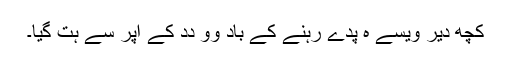
کُچھ دیر ویسے ہِ پدے رہنے کے باد وو دِدِ کے اُپر سے ہت گیا۔